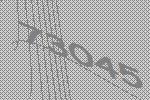
73045